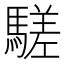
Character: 𩥙